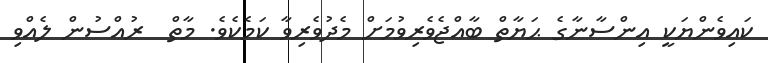
ކައިވެންޔަކީ އިންސާނާގެ ޙަޔާތް ބާއްޖެވެރިވުމަށް މެދުވެރިވާ ކަމެކެވެ. މާތް  ރުއްސުން ލެއްވި